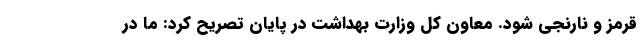
قرمز و نارنجی شود. معاون کل وزارت بهداشت در پایان تصریح کرد: ما در